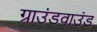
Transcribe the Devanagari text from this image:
ग्राउंडवाउंड